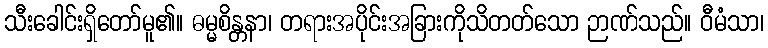
သီးခေါင်းရှိတော်မူ၏။ ဓမ္မစိန္တနာ၊ တရားအပိုင်းအခြားကိုသိတတ်သော ဉာဏ်သည်။ ဝီမံသာ၊